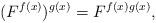
LaTeX: \begin{align*}(F^{f(x)})^{g(x)}=F^{f(x)g(x)},\end{align*}